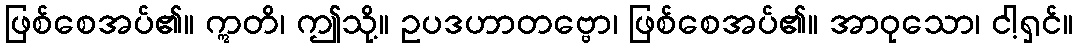
ဖြစ်စေအပ်၏။ ဣတိ၊ ဤသို့။ ဥပဒဟာတဗ္ဗော၊ ဖြစ်စေအပ်၏။ အာဝုသော၊ ငါ့ရှင်။